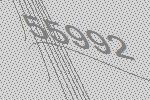
55992